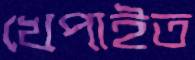
খেপাইত